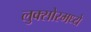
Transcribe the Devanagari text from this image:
लुक्सोरमध्ये